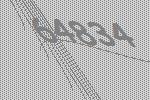
64834